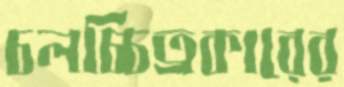
চলচ্চিত্রকারের